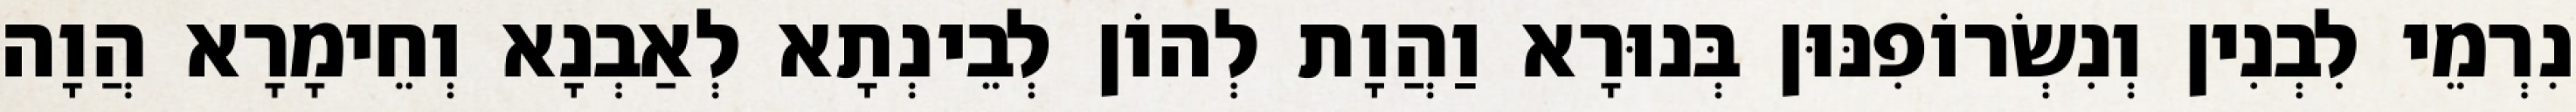
נִרְמֵי לִבְנִין וְנִשְׂרוֹפִנּוּן בְּנוּרָא וַהֲוָת לְהוֹן לְבֵינְתָא לְאַבְנָא וְחֵימָרָא הֲוָה